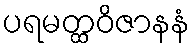
ပရမတ္ထဝိဇာနနံ